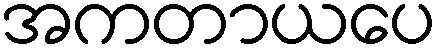
အကတာယပေ